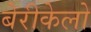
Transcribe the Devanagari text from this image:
बेरीकेलो